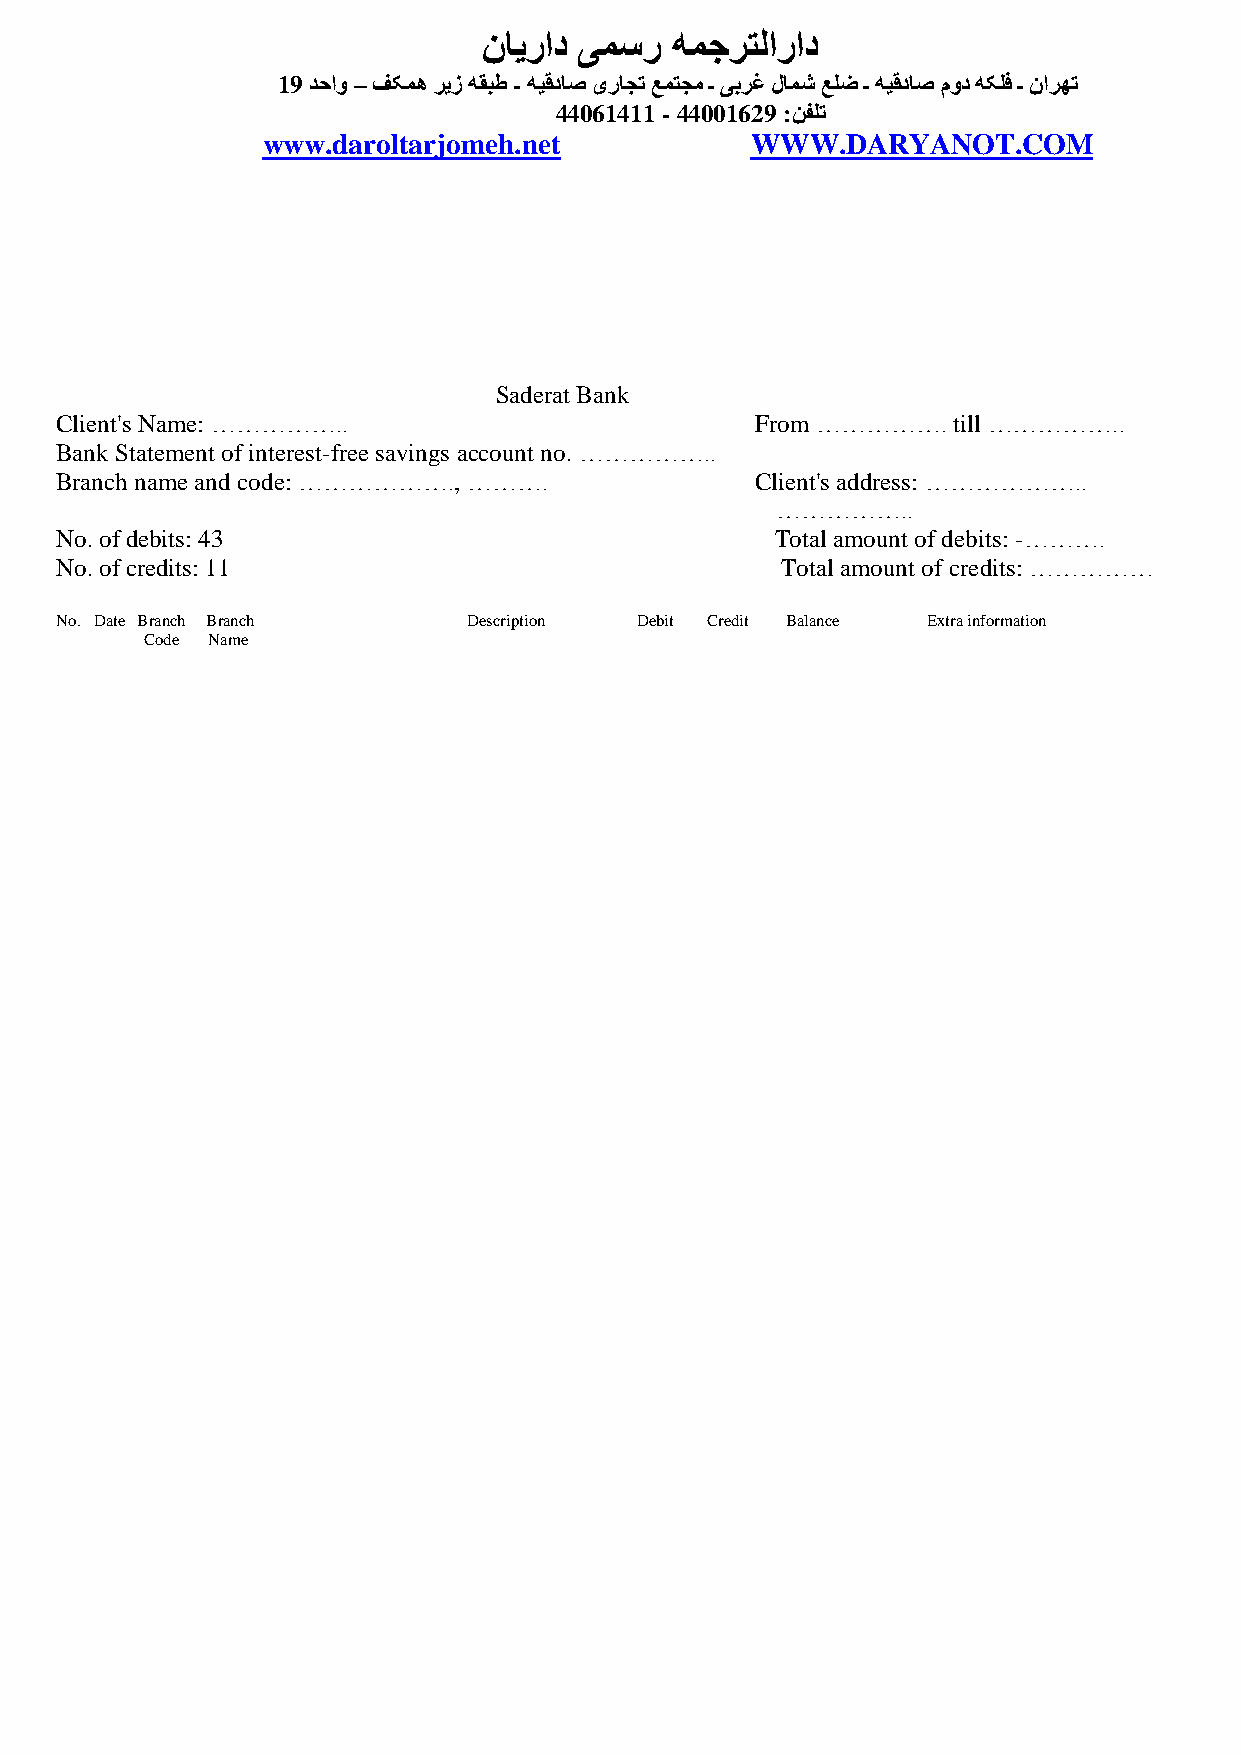
نایراد یمسر همجرتلاراد
 19 دحاو – فکمه ریز هقبط - هیقداص یراجت عمتجم ـ یبرغ لامش علض ـ هیقداص مود هکلف ـ نارهت
 44061411 - 440016 29 :هفلت
 www.daroltarjomeh.net            WWW.DARYANOT.COM
 Saderat Bank
 Client's Name: ……………..                        From …………….  till ……………..
 Bank Statement of interest-free savings account no. ……………..
 Branch name and code: ………………., ……….           Client's address: ………………..
 ……………..
 No. of debits: 43                              Total amount of debits: -……….
 No. of credits: 11                              Total amount of credits: ……………
 No. Date Branch Branch     Description Debit Credit Balance Extra information
 Code Name